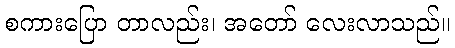
စကားပြော တာလည်း၊ အတော် လေးလာသည်။